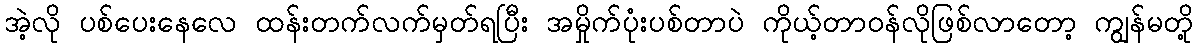
အဲ့လို ပစ်ပေးနေလေ ထန်းတက်လက်မှတ်ရပြီး အမှိုက်ပုံးပစ်တာပဲ ကိုယ့်တာဝန်လိုဖြစ်လာတော့ ကျွန်မတို့